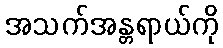
အသက်အန္တရာယ်ကို